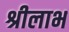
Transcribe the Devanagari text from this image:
श्रीलाभ